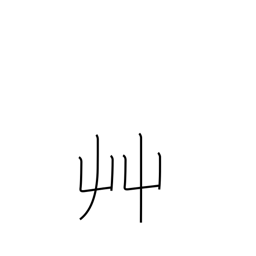
Meaning: grass radical (no. 140)